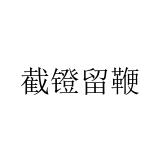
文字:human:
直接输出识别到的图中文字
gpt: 截镫留鞭